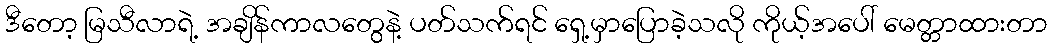
ဒီတော့ မြသီလာရဲ့ အချိန်ကာလတွေနဲ့ ပတ်သက်ရင် ရှေ့မှာပြောခဲ့သလို ကိုယ့်အပေါ် မေတ္တာထားတာ